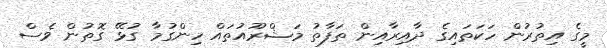
މީގެ އިތުރުން ހަކަތައިގެ ދާއިރާއިން ތަފާތު މަޝްރޫއުތައް ހިންގުމާ ގުޅޭ ގޮތުން ވެސް